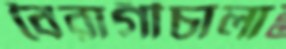
বৈরাগীচালা